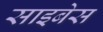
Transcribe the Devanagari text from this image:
साइबेस